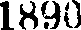
1890